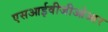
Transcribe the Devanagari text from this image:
एसआईवीजीओआर